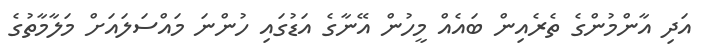
އަދި އާންމުންގެ ތެރެއިން ބައެއް މީހުން އޭނާގެ އަޑުގައި ހުންނަ މައްސަލައަށް މަލާމާތުގެ